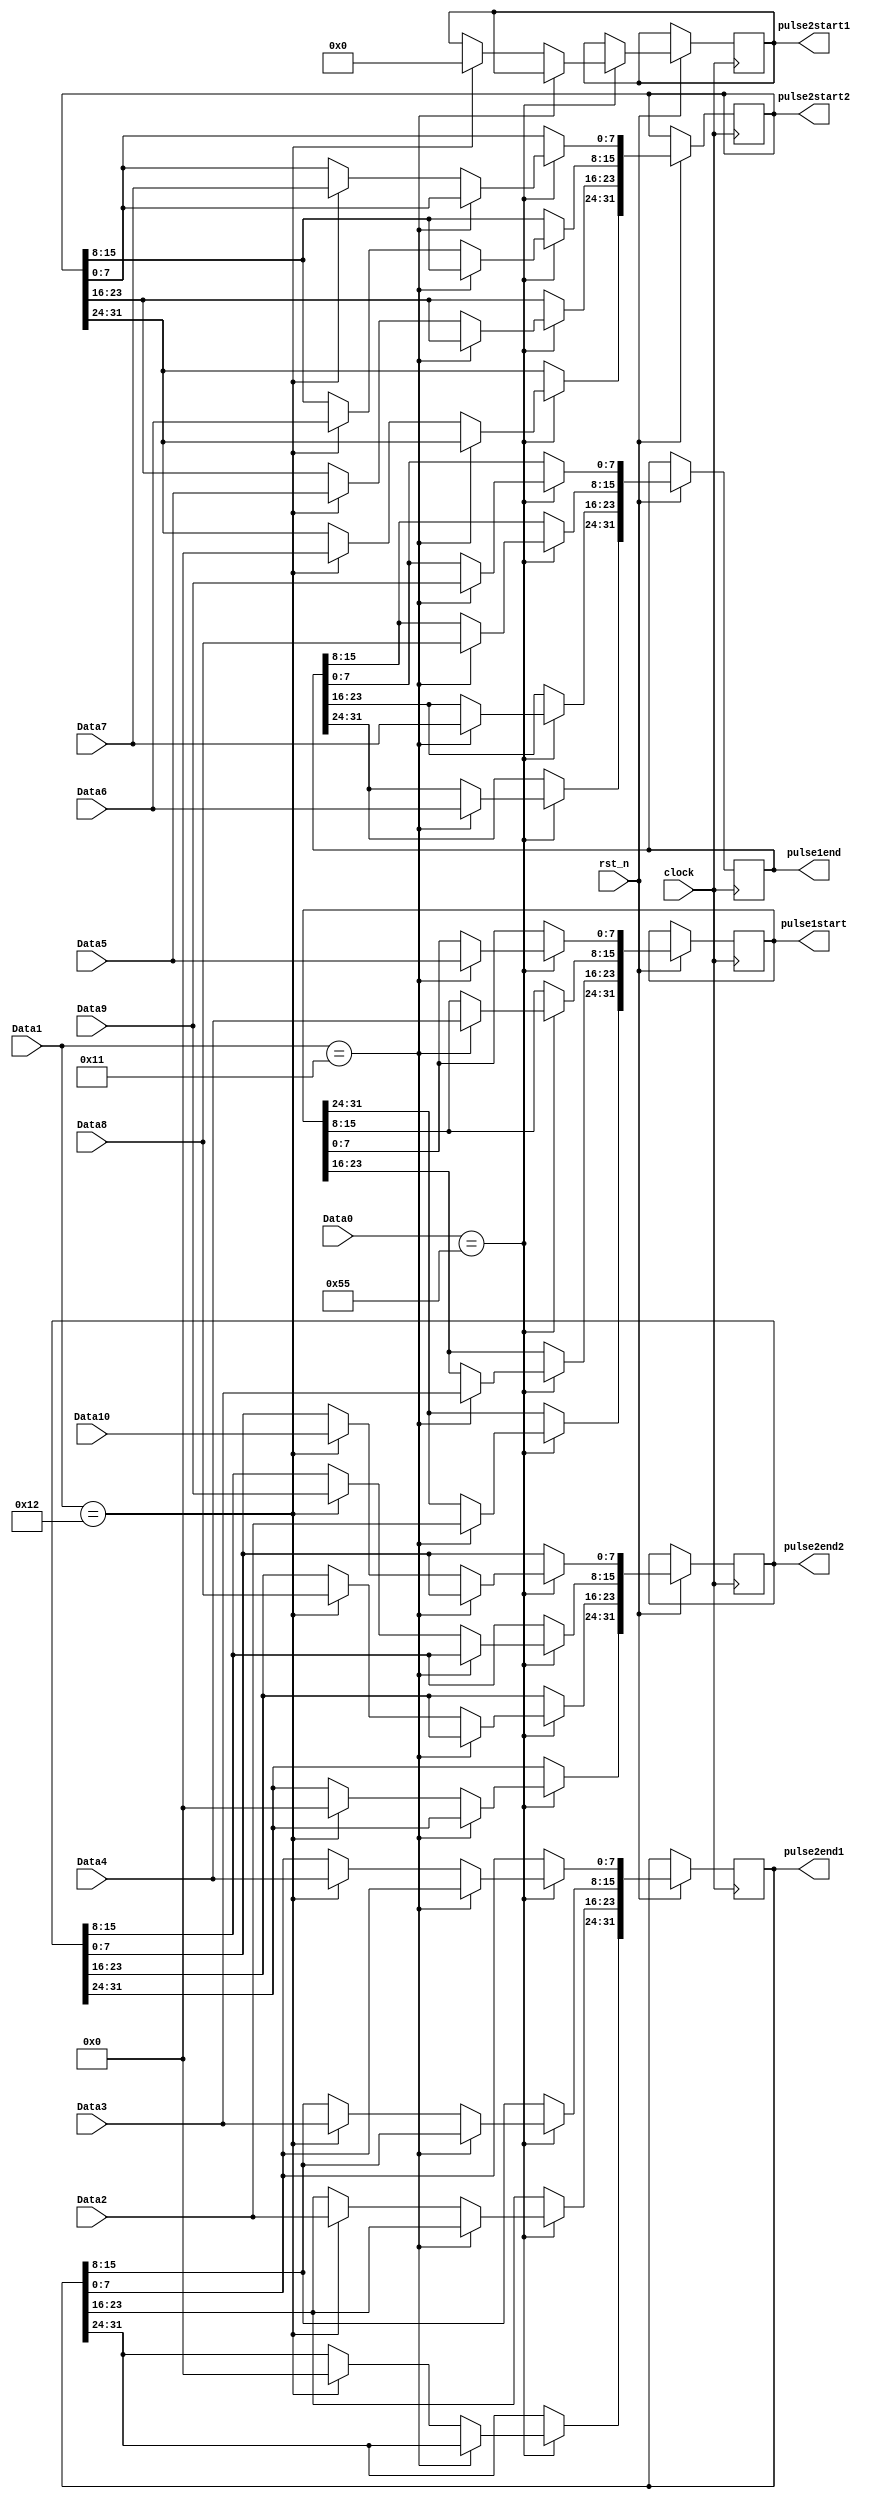
//`define ID 1'b0101

module ReceiveProcess(clock,rst_n,Data0,Data1,Data2,Data3,Data4,		Data5 ,
Data6 ,
Data7 ,
Data8 ,
Data9 ,
Data10 ,pulse1start,pulse1end,pulse2start1,pulse2end1,pulse2start2,pulse2end2);
input clock;
input rst_n;

input [7:0]Data0 ;    //header
input [7:0]Data1 ;    //function
input [7:0]Data2 ;
input [7:0]Data3 ;
input [7:0]Data4 ;
input [7:0]Data5 ;
input [7:0]Data6 ;
input [7:0]Data7 ;
input [7:0]Data8 ;
input [7:0]Data9 ;
input [7:0]Data10 ;     //check

output reg [31:0]pulse1start;
output reg [31:0]pulse1end;

output reg [31:0]pulse2start1;
output reg [31:0]pulse2end1;
output reg [31:0]pulse2start2;
output reg [31:0]pulse2end2;

always@(posedge clock or negedge rst_n)
	begin
		if(!rst_n);
		else 
		begin
		//pulse1end[7:0] <= Data3;
			if(Data0 == 8'b01010101)
			begin
				if(Data1 == 8'b00010001) //single pulse
				begin
					pulse1start[31:24] <= Data2; // 
					pulse1start[23:16] <= Data3; // 
					pulse1start[15:8] <= Data4; // 
					pulse1start[7:0] <= Data5; // 
					
				    pulse1end[31:24] <= Data6; // 
					pulse1end[23:16] <= Data7; // 
					pulse1end[15:8] <= Data8; // 
					pulse1end[7:0] <= Data9; // 
				end
				
			   else if(Data1 == 8'b00010010)   //double pulse
				begin
				   pulse2start1 <= 0;
					
					pulse2end1[31:24] <= 0; // 
					pulse2end1[23:16] <= Data2; // 
					pulse2end1[15:8] <= Data3; // 
					pulse2end1[7:0] <= Data4; // 
					
				    pulse2start2[31:24] <= 0; // 
					pulse2start2[23:16] <= Data5; // 
					pulse2start2[15:8] <= Data6; // 
					pulse2start2[7:0] <= Data7; // 
					
						pulse2end2[31:24] <= 0; // 
						pulse2end2[23:16] <= Data8; // 
						pulse2end2[15:8] <= Data9; // 
						pulse2end2[7:0] <= Data10; // 
				end
			end
			
		end
		
	end

endmodule